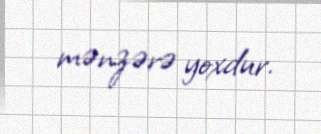
mənzərə yoxdur.